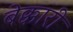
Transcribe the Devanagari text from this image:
बेक्कारी